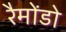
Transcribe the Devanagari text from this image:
रैमोंडो